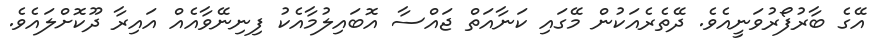
އޭގެ ބާރުފޯރުވަނީއެވެ. ދޭތެރެއަކުން މޭގައި ކަނާއަތް ޖައްސާ އޮބައިލުމާއެކު ފިނިނޭވާއެއް އައިރާ ދޫކޮށްލައެވެ.